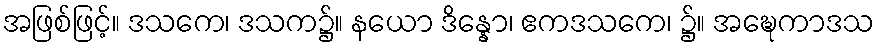
အဖြစ်ဖြင့်။ ဒသကေ၊ ဒသက၌။ နယော ဒိန္နော၊ ဧကဒသကေ၊ ၌။ အဍ္ဎေကာဒသ